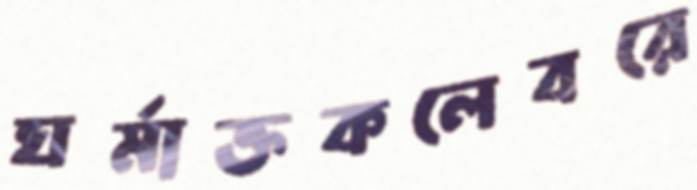
ঘর্মাক্তকলেবরে